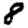
Digit: 8